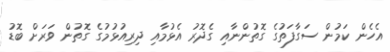
އެހެން ކަމުން ސަގާފަތުގެ ގޮތުންނާއި ގެދޮރު އެޅުމާއި ދިރިއުޅުމުގެ ގޮތުން ވަރަށް ބޮޑު